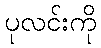
ပုလင်းကို